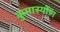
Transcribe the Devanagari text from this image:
कुमास्योंण